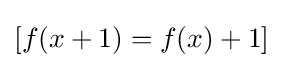
[f(x+1)=f(x)+1]